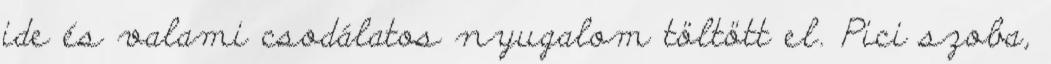
ide és valami csodálatos nyugalom töltött el. Pici szoba,